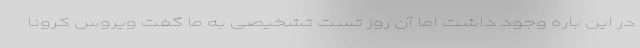
در این باره وجود داشت اما آن روز تست تشخیصی به ما گفت ویروس کرونا